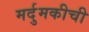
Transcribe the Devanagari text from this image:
मर्दुमकीची